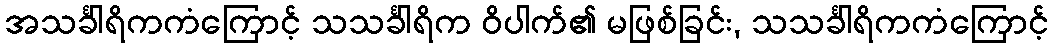
အသင်္ခါရိကကံကြောင့် သသင်္ခါရိက ဝိပါက်၏ မဖြစ်ခြင်း, သသင်္ခါရိကကံကြောင့်